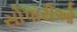
સોપારીઓ